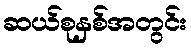
ဆယ်စုနှစ်အတွင်း